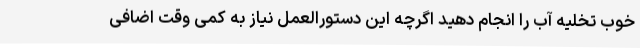
خوب تخلیه آب را انجام دهید اگرچه این دستورالعمل نیاز به کمی وقت اضافی